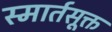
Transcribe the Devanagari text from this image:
स्मार्तसूक्त